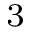
_ 3